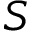
S